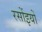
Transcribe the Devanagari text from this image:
रसोंइयों